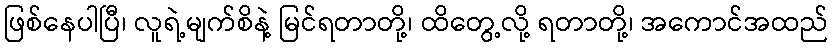
ဖြစ်နေပါပြီ၊ လူရဲ့မျက်စိနဲ့ မြင်ရတာတို့၊ ထိတွေ့လို့ ရတာတို့၊ အကောင်အထည်